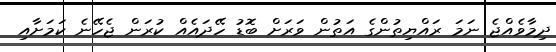
ދިމާވެއްޖެ ނަމަ ރައްޔިތުންގެ އަތުން ވަރަށް ބޮޑު ހޭދައެއް ކުރަން ޖެހޭނެ ކަމަށާއި